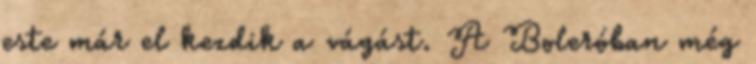
este már el kezdik a vágást. A Boleróban még